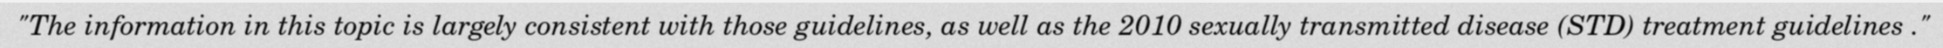
"The information in this topic is largely consistent with those guidelines, as well as the 2010 sexually transmitted disease (STD) treatment guidelines ."